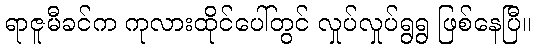
ရာဇူမီခင်က ကုလားထိုင်ပေါ်တွင် လှုပ်လှုပ်ရွရွ ဖြစ်နေပြီ။